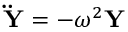
\mathbf { \ddot { Y } } = - \omega ^ { 2 } \mathbf { Y }